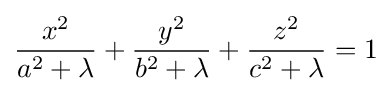
{\frac {x^{2}}{a^{2}+\lambda }}+{\frac {y^{2}}{b^{2}+\lambda }}+{\frac {z^{2}}{c^{2}+\lambda }}=1